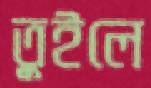
তুইলে